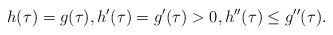
LaTeX: \begin{align*}h(\tau) = g(\tau),h'(\tau) = g'(\tau) > 0, h''(\tau) \leq g''(\tau).\end{align*}